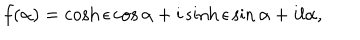
LaTeX: f ( \alpha ) = \cosh \epsilon \cos \alpha + i \sinh \epsilon \sin \alpha + i l \alpha ,